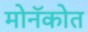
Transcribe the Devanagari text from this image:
मोनॅकोत